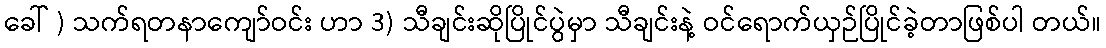
ခေါ် ) သက်ရတနာကျော်ဝင်း ဟာ 3) သီချင်းဆိုပြိုင်ပွဲမှာ သီချင်းနဲ့ ဝင်ရောက်ယှဉ်ပြိုင်ခဲ့တာဖြစ်ပါ တယ်။